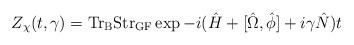
LaTeX: \begin{align*}Z_{\chi}(t,\gamma)=\mathrm{Tr}_{\mathrm{B}}\mathrm{Str}_{\mathrm{GF}}\exp -i(\hat{H}+[\hat{\Omega},\hat{\phi}]+i\gamma\hat{N})t\end{align*}